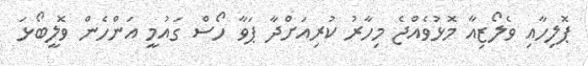
ޕޮލިހާއި ވެލޯޒިއާ މޮޅުވެއްޖެ މިހާރު ކުރިއަށްދާ ޕަވާ ހޯސް ގައުމީ އަންހެން ވޮލީބޯޅަ